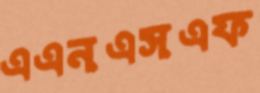
এএনএসএফ